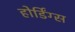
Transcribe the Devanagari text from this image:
होर्डिंग्स